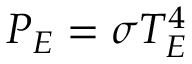
P _ { E } = \sigma T _ { E } ^ { 4 }